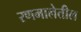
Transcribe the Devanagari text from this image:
रणमालेतील